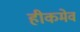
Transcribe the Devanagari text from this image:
हीकमेव